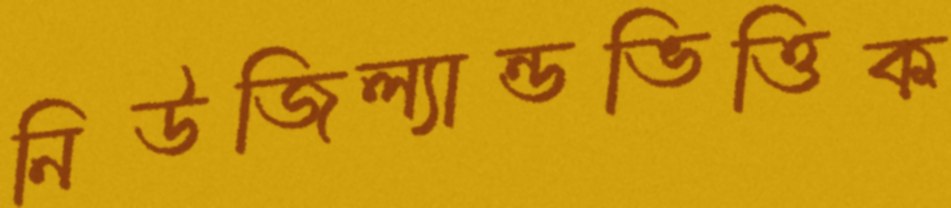
নিউজিল্যান্ডভিত্তিক